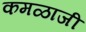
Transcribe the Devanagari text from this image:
कमळाजी